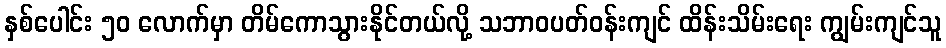
နှစ်ပေါင်း ၅၀ လောက်မှာ တိမ်ကောသွားနိုင်တယ်လို့ သဘာဝပတ်ဝန်းကျင် ထိန်းသိမ်းရေး ကျွမ်းကျင်သူ